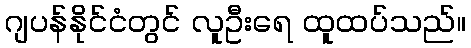
ဂျပန်နိုင်ငံတွင် လူဦးရေ ထူထပ်သည်။